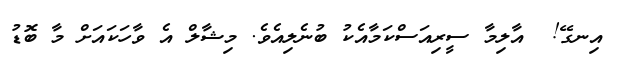
އިނގޭ!  އާލިމާ ސީރިއަސްކަމާއެކު ބުނެލިއެވެ. މިޝާލް އެ ވާހަކައަށް މާ ބޮޑު